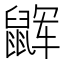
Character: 𱌏